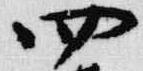
四